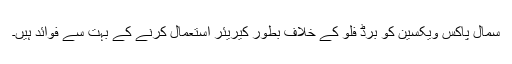
سمال پاکس ویکسین کو برڈ فلو کے خلاف بطور کیریئر استعمال کرنے کے بہت سے فوائد ہیں۔